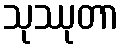
သုဿုတာ